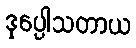
ဒုပ္ပေါသတာယ